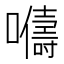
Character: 𫬦